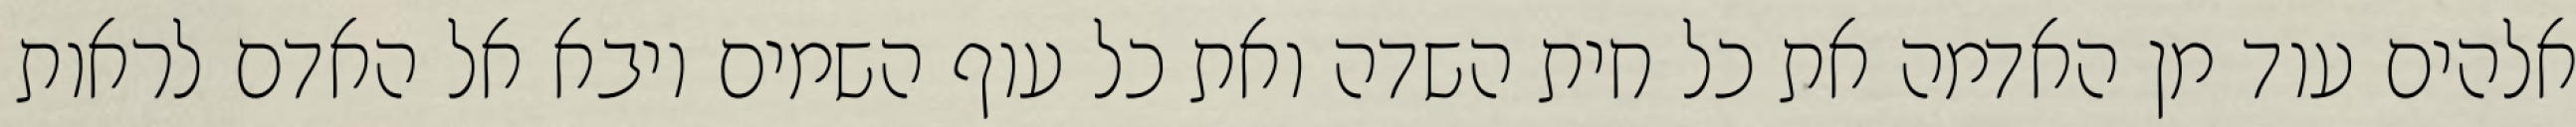
אלהים עוד מן האדמה את כל חית השדה ואת כל עוף השמים ויבא אל האדם לראות